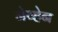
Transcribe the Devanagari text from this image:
नेव्हेन